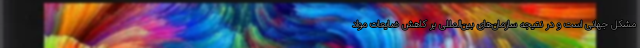
مشکل جهانی است و در نتیجه سازمان‌های بین‌المللی بر کاهش ضایعات مواد